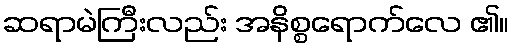
ဆရာမဲကြီးလည်း အနိစ္စရောက်လေ ၏။